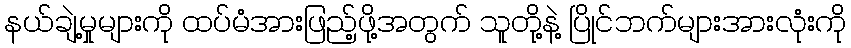
နယ်ချဲ့မှုများကို ထပ်မံအားဖြည့်ဖို့အတွက် သူတို့နဲ့ ပြိုင်ဘက်များအားလုံးကို